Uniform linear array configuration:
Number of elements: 64
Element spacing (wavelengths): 0.75
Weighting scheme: binomial
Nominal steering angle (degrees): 15
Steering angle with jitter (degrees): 13.909
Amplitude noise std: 0.05
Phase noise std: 0.05

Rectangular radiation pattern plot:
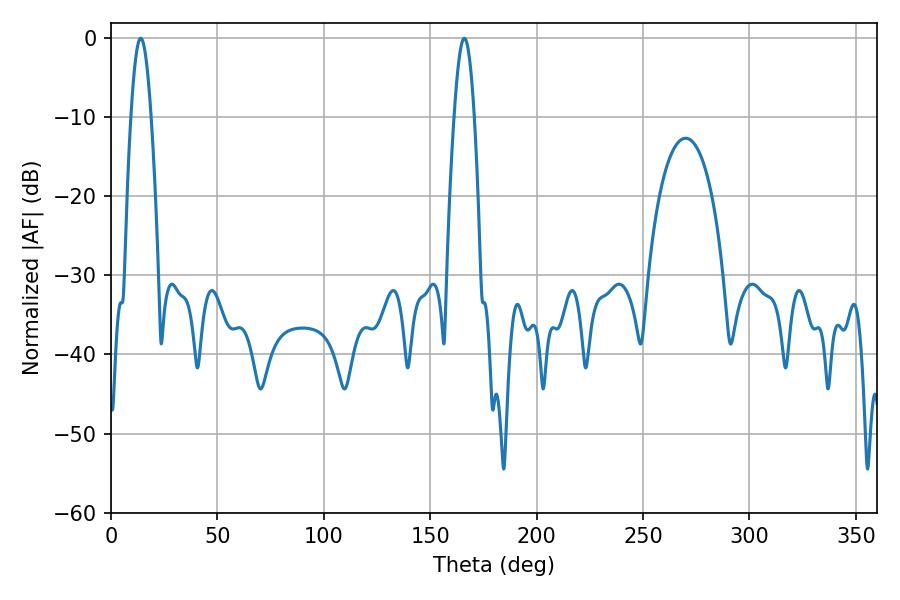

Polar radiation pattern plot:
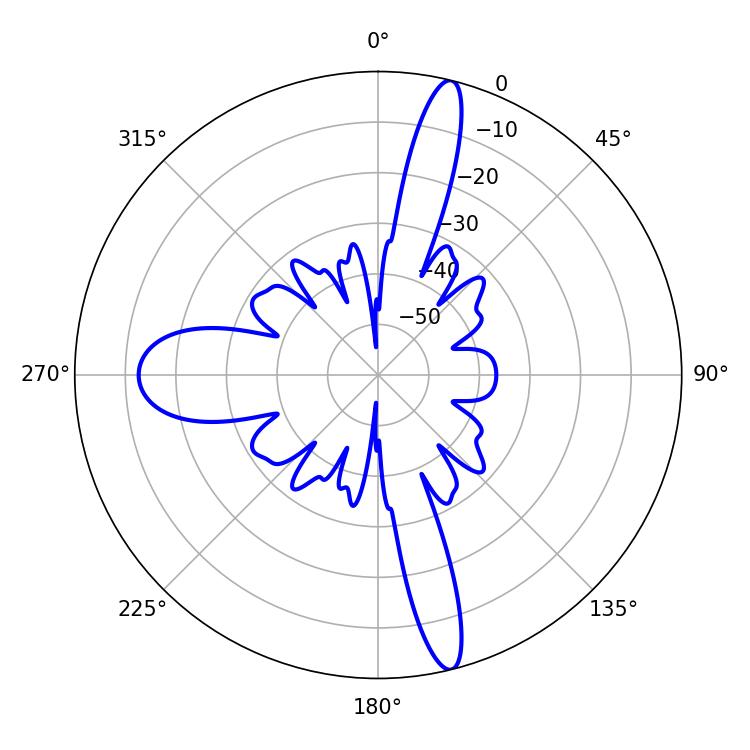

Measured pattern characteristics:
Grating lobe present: TRUE
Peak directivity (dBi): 18.057
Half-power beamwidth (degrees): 5.04
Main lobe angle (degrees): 14.04